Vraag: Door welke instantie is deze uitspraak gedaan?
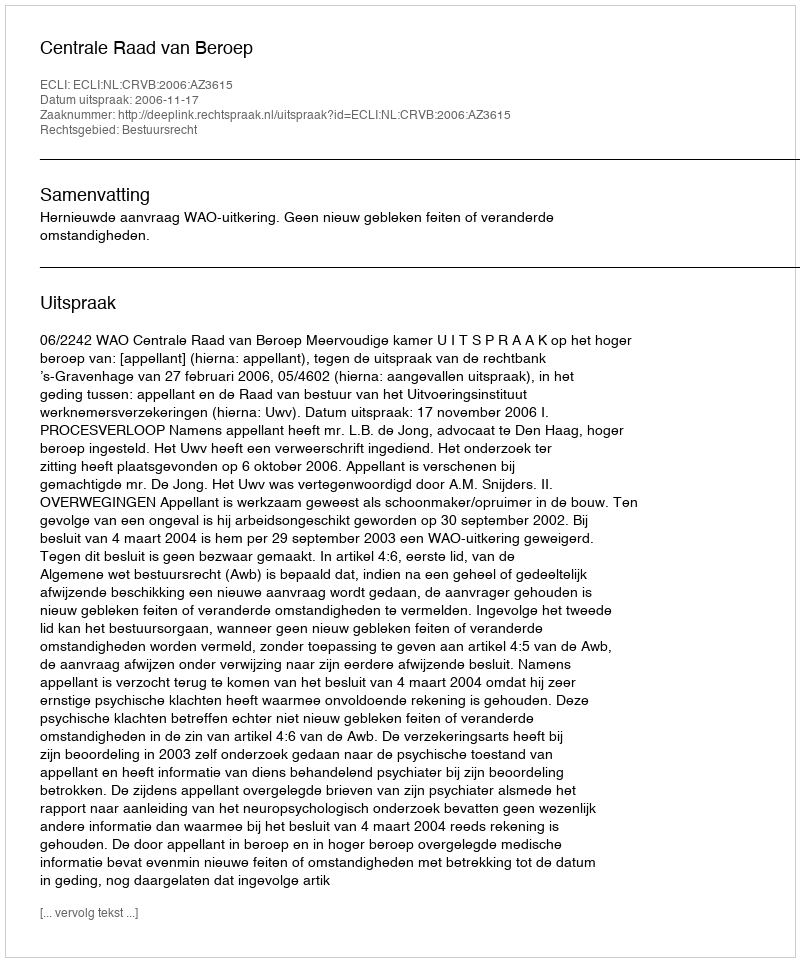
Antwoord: Centrale Raad van Beroep